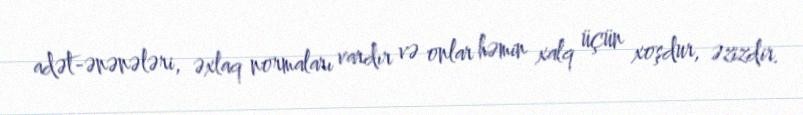
adət-ənənələri, əxlaq normaları vardır və onlar həmin xalq üçün xoşdur, əzizdir.